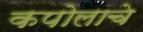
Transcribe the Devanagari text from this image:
कपोलाचे